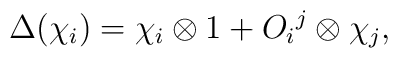
\Delta (\chi_i) = \chi_i \otimes 1 + O_i{}^j \otimes \chi_j,